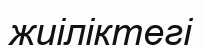
жиіліктегі